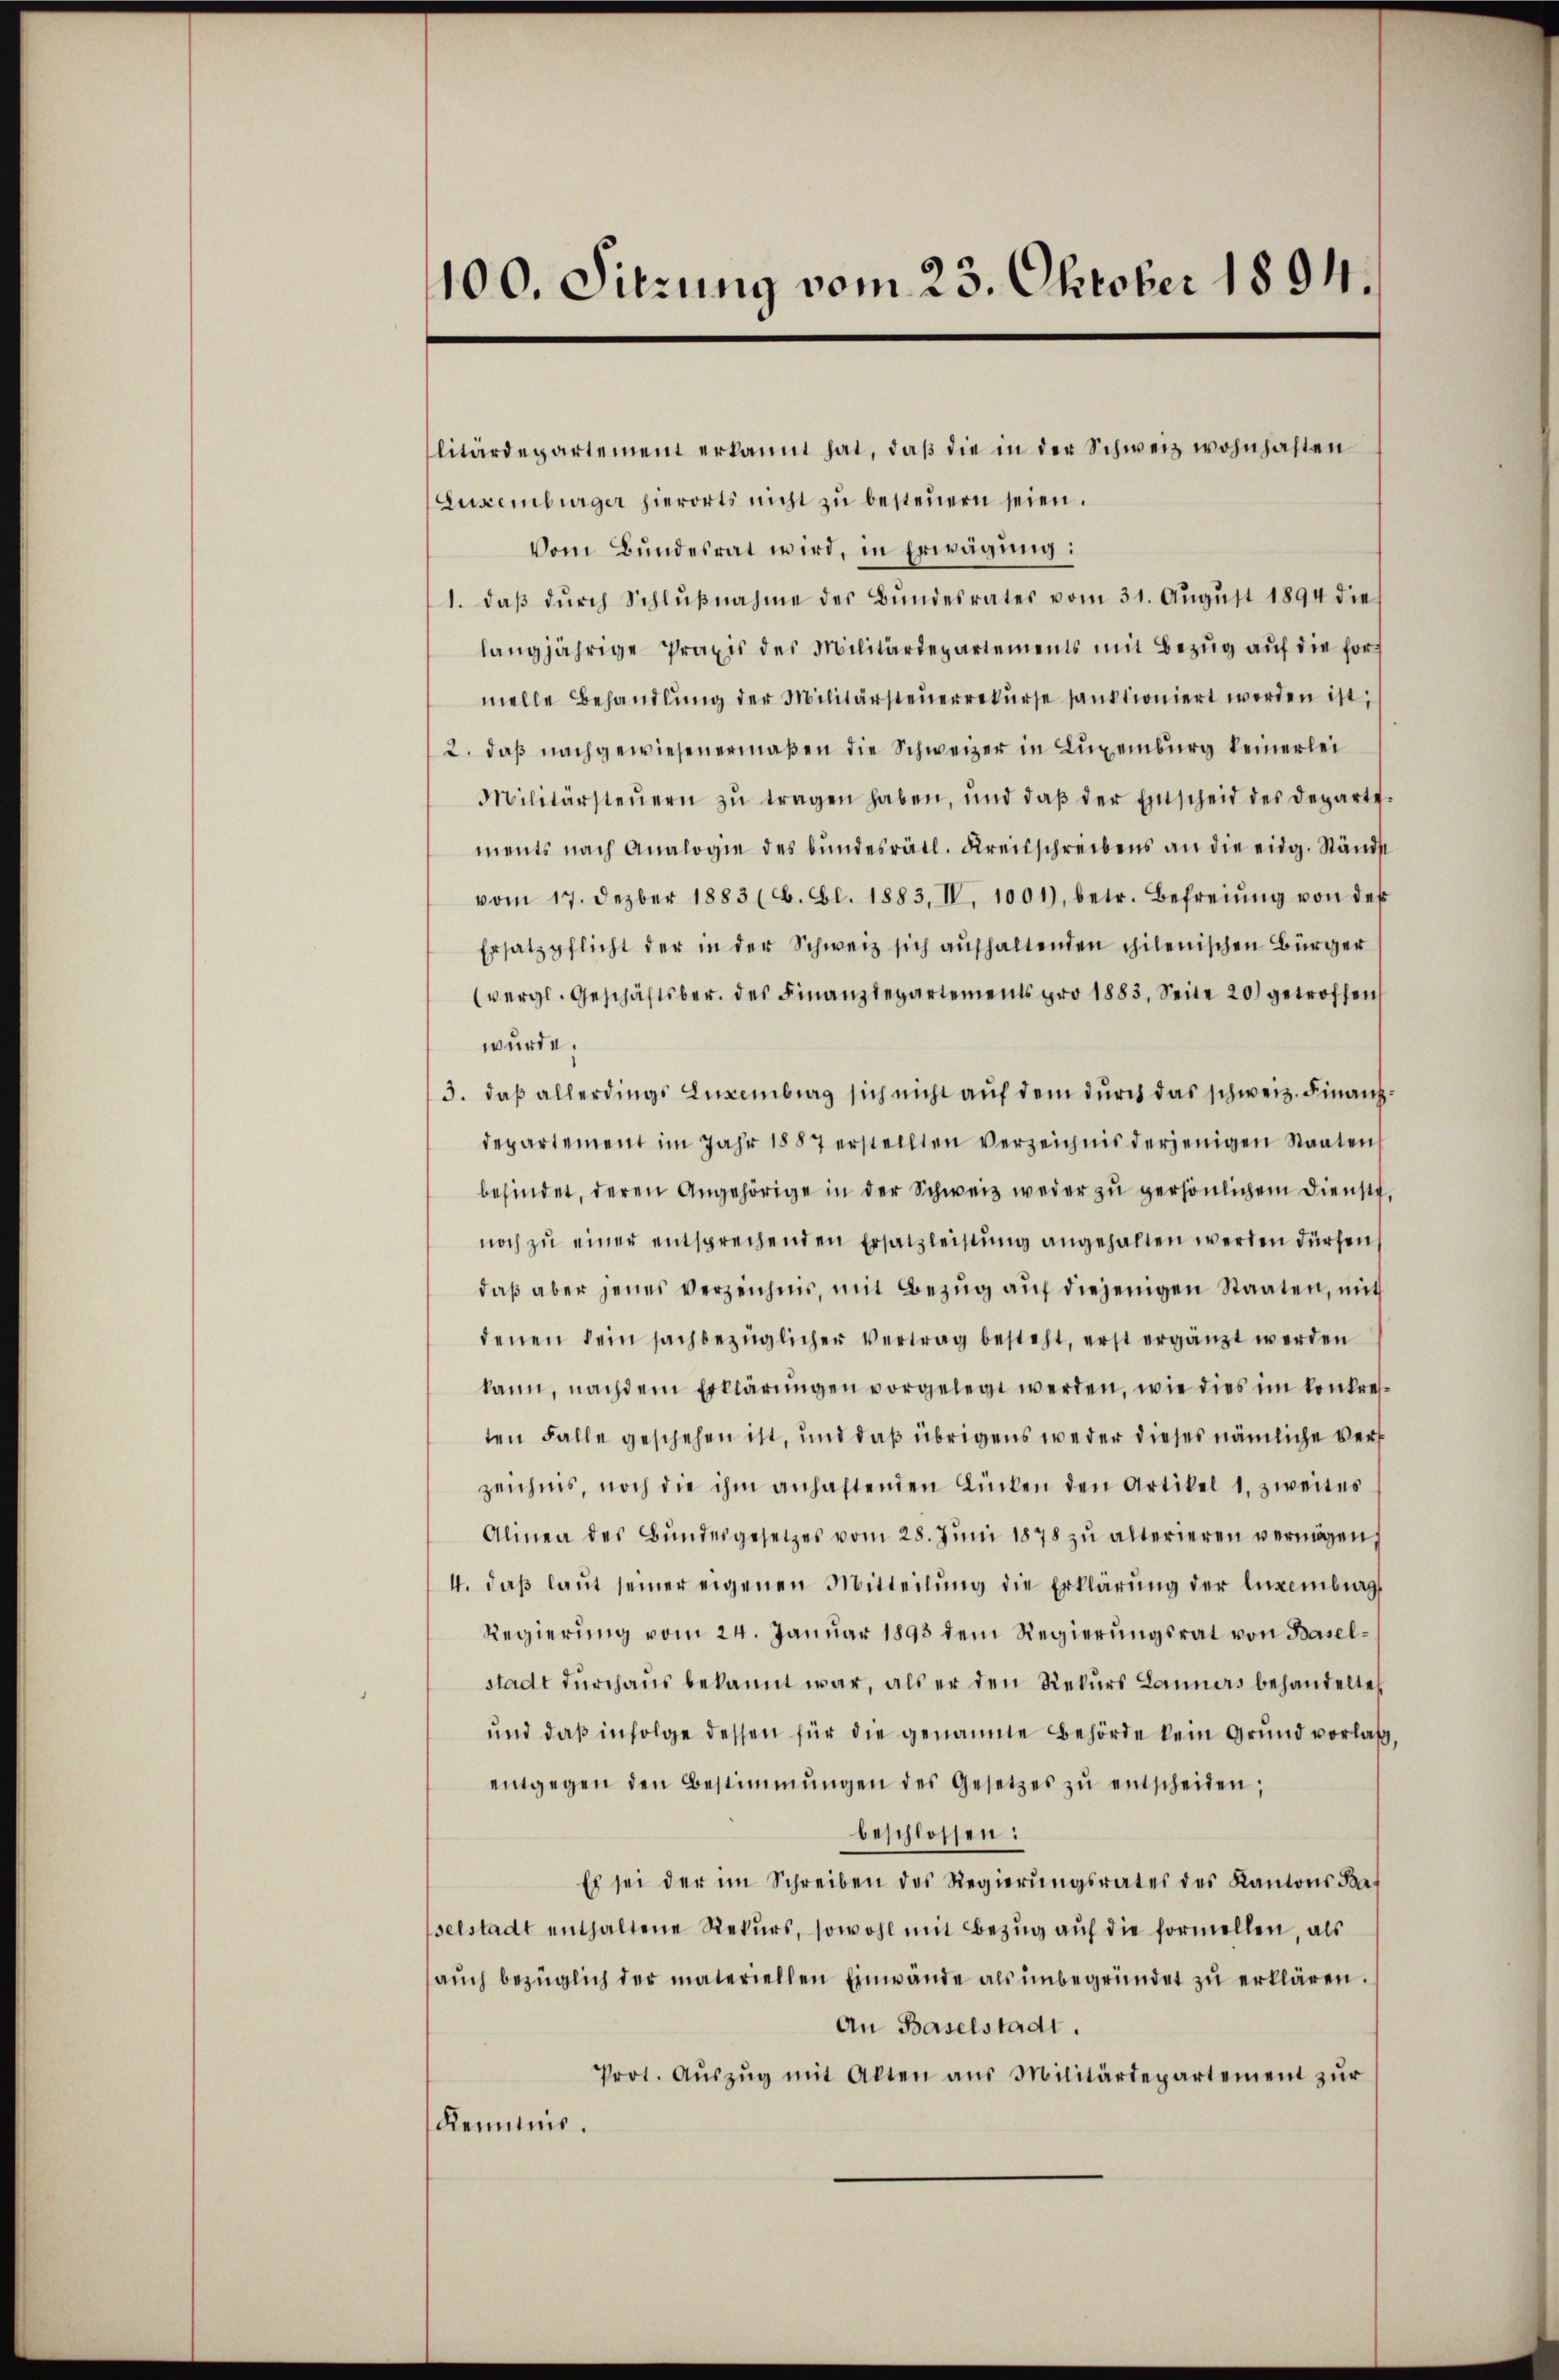
100. Sitzung vom 23. Oktober 1894.

litärdepartement erkannt hat, daß die in der Schweiz wohnhaften
Luxenburger hierorts nicht zu besteuern seien.
Vom Bundesrat wird, in Erwägung:
1. daβ dŭrch Schlŭβnahme des Bŭndesrates vom 31. Aŭgŭst 1894 die
langjährige Praxis des Militärdepartements mit Bezŭg aŭf die formelle Behandlŭng der Militärsteŭerrekurse sanktioniert werden ist;
2. daß nachgewiesenermaßen die Schweizer in Luxenburg keinerlei
Militärsteŭern zŭ tragen haben, und daβ der Entscheid des Departe-
ments nach Analogie des bundesrätl. Kreisschreibens an die eidg. Ständ
vom 17. Jezber 1883 (6. fl. 1883, IV. 1001), betr. Befreiung von des
Ersatzpflicht der in der Schweiz sich aŭfhaltenden philenischen Bürger
(vergl. Geschäftsber. des Finanzdepartements pro 1883. Seite 20) getroffen
wurde.
3. daß allerdings Luxenburg sich nicht auf dem durch das schweiz. Finanzdepartement im Jahr 1887 erstellten verzeichnis derjenigen Staaten
befindet, deren Angehörige in der Schweiz weder zu persönlichem Dienste,
noch zŭ einer entsprechenden Ersatzleistŭng angehalten werden dürfen,
daβ aber jenes verzeichnis, mit Bezŭg aŭf diejenigen Staaten, mit
denen sein sachbezüglicher Vertrag besteht, erst ergänzt werden
kann, nachdem Erklärungen vorgelegt werden, wie dies im konkresten Falle geschehen ist, und daß übrigens weder dieses nämliche Verf
zeichnis, noch die ihm anhaftenden Lücken den Artikel 1. zweites
Alinea des Bŭndesgesetzes vom 28. Jŭni 1878 zŭ alterieren vermögen,
4. daβ laŭt seiner eigenen Mitteilŭng die Erklärung der Luxenburg
Regierŭng vom 24. Janŭar 1893 dem Regierŭngsrat von Basel-
stadt durchaus bekannt war, als er den Rekurs Lanners behandelte
und daß infolge dessen für die genannte Behörde kein Grund vorlaß,
entgegen den Bestimmungen des Gesetzes zŭ entscheiden;
beschlossen:
Es sei der im Schreiben des Regierŭngsrates des Kantons Baselstadt enthaltene Rekŭrs, sowohl mit Bezŭg aŭf die formellen, als
aŭch bezüglich der materiellen Einwände als ŭnbegründet zŭ erklären.
An Baselstadt.
Prot. Aŭszŭg mit Alten aus Militärdepartement zŭr
Kenntnis.